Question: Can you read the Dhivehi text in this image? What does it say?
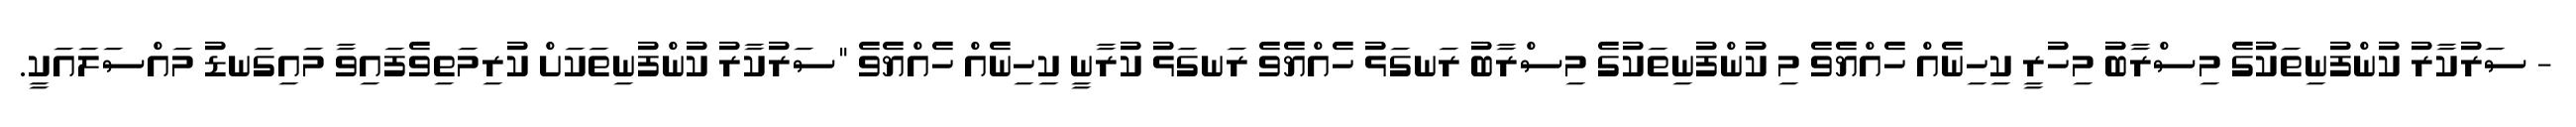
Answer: - ސަރުކާރު ކުންފުނިތަކުގެ މިސްރާބު މިހުރީ ކިހިނެއް ހެއްޔެވެ މި ކުންފުނިތަކުގެ މިސްރާބު ރަނގަޅު ހެއްޔެވެ ރަނގަޅު ކުރާނީ ކިހިނެއް ހެއްޔެވެ "ސަރުކާރު ކުންފުނިތަކަށް ކުރިމަތިވެފައިވާ މައިގަނޑު މައްސަލައަކީ.